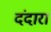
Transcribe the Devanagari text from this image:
दंदारा